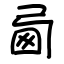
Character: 㢴